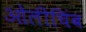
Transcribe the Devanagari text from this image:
ओलीचिंब